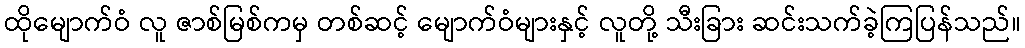
ထိုမျောက်ဝံ လူ ဇာစ်မြစ်ကမှ တစ်ဆင့် မျောက်ဝံများနှင့် လူတို့ သီးခြား ဆင်းသက်ခဲ့ကြပြန်သည်။